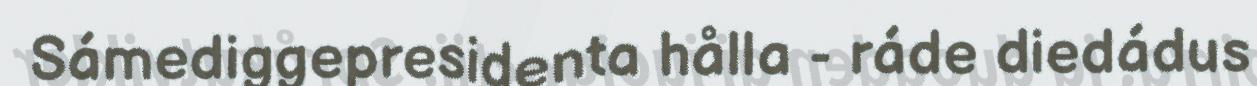
Sámediggepresidenta hålla - ráde diedádus